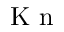
\textrm { K n }